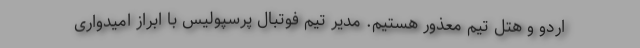
اردو و هتل تیم معذور هستیم. مدیر تیم فوتبال پرسپولیس با ابراز امیدواری